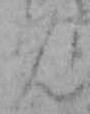
ん